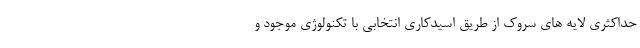
حداکثری لایه های سروك از طریق اسيدکاری انتخابی با تكنولوژی موجود و